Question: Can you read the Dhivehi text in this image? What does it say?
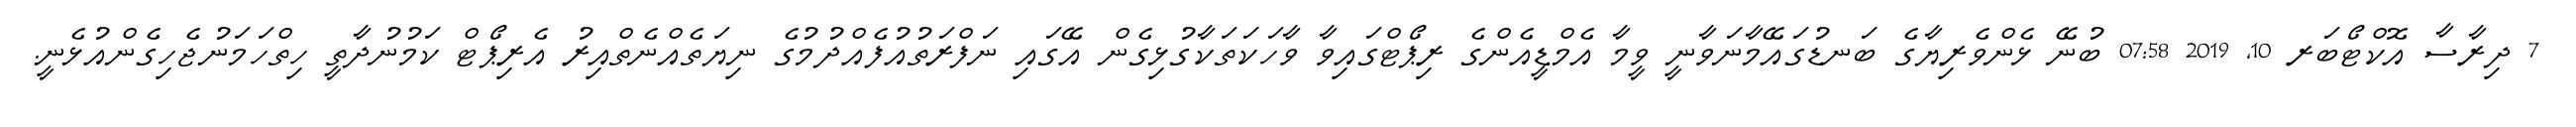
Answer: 7 ދިރާސާ އޮކްޓޯބަރ 10, 2019 07:58 ބުނޭ ޅެންވެރިޔާގެ ބަނޑުގައޭމާނަވާނީ ވީމާ އެމްޑީއެންގެ ރިޕޯޓްގައިވާ ވާހަކަތަކާގުޅިގެން އޭގައި ނަފްރަތުއުފެއްދުމުގެ ނިޔަތެއްނެތްއިރު އެރިޕޯޓް ކަމުނުދާތީ ހިތްހަމަނުޖެހިގެންއުޅެނީ.